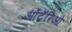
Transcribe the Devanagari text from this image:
ओंटॅरिओ